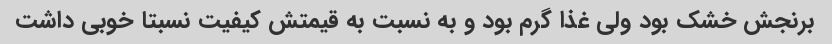
برنجش خشک بود ولی غذا گرم بود و به نسبت به قیمتش کیفیت نسبتا خوبی داشت